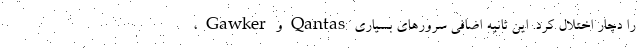
، Gawker و Qantas را دچار اختلال کرد. این ثانیه اضافی سرورهای بسیاری